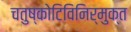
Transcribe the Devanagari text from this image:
चतुष्कोटिविनिर्मुक्त